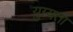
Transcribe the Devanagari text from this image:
युग्यता